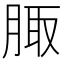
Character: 𦝒